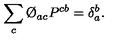
\sum _ { c } \O _ { a c } P ^ { c b } = \delta _ { a } ^ { b } .